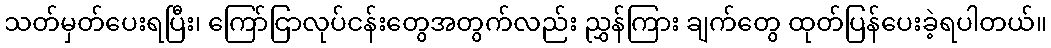
သတ်မှတ်ပေးရပြီး၊ ကြော်ငြာလုပ်ငန်းတွေအတွက်လည်း ညွှန်ကြား ချက်တွေ ထုတ်ပြန်ပေးခဲ့ရပါတယ်။